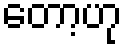
တော့ဟု